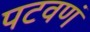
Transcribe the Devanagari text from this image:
पटवणं